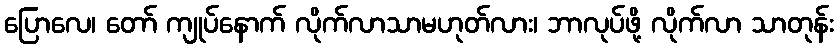
ပြောလေ၊ တော် ကျုပ်နောက် လိုက်လာသာမဟုတ်လား၊ ဘာလုပ်ဖို့ လိုက်လာ သာတုန်း